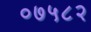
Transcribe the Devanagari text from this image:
०७५८२